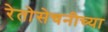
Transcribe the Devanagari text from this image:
रेतोसेचनीच्या